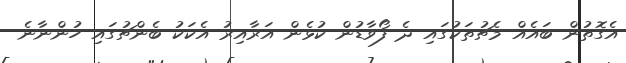
އެގޮތުން ބައެއް މެޗުތަކުގައި ދެ ފޯވާޑުން ކުޅެން އަރާއިރު އެކަކު ބެންޗުގައި ހުންނާނެ